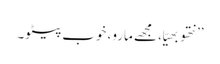
’’نتھو بھیّا، مجھے مارو، خوب پیٹو۔